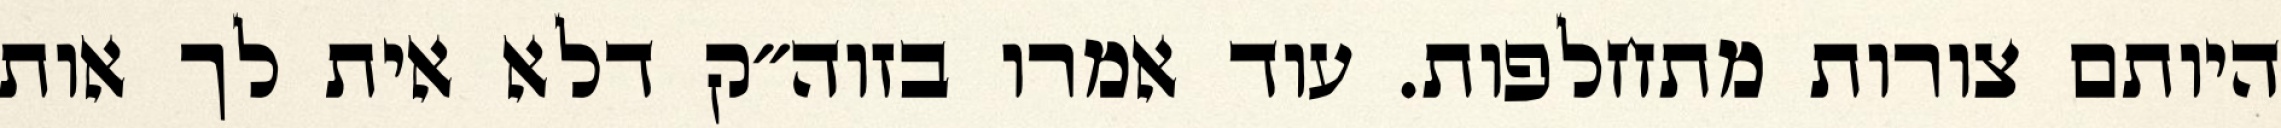
היותם צורות מתחלפות. עוד אמרו בזוה״ק דלא אית לך אות